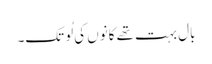
بال بہت تھے کانوں کی لُو تک۔